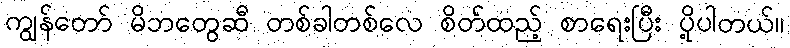
ကျွန်တော် မိဘတွေဆီ တစ်ခါတစ်လေ စိတ်ထည့် စာရေးပြီး ပို့ပါတယ်။